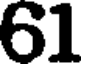
61